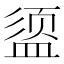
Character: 𪾔